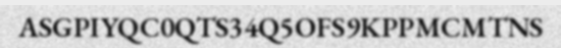
ASGPIYQC0QTS34Q5OFS9KPPMCMTNS